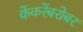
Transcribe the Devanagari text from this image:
केंकरेंबरोबर